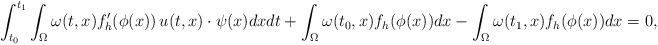
LaTeX: \begin{align*}\int_{t_0}^{t_1} \int_{\Omega} \omega(t,x) f_h'(\phi(x))\, u(t,x)\cdot \psi(x) dxdt +\int_{\Omega} \omega(t_0,x) f_h(\phi(x)) dx - \int_{\Omega} \omega(t_1,x) f_h(\phi(x)) dx =0,\end{align*}